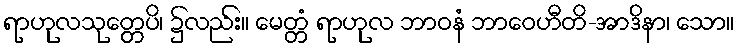
ရာဟုလသုတ္တေပိ၊ ၌လည်း။ မေတ္တံ ရာဟုလ ဘာဝနံ ဘာဝေဟီတိ-အာဒိနာ၊ သော။